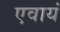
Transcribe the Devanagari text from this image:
एवायं